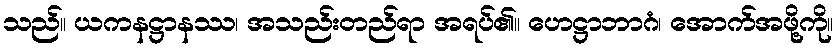
သည်။ ယကနဋ္ဌာနဿ၊ အသည်းတည်ရာ အရပ်၏။ ဟေဋ္ဌာဘာဂံ၊ အောက်အဖို့ကို။